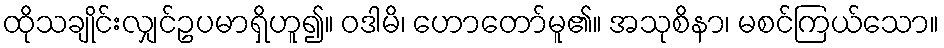
ထိုသချိုင်းလျှင်ဥပမာရှိဟူ၍။ ဝဒါမိ၊ ဟောတော်မူ၏။ အသုစိနာ၊ မစင်ကြယ်သော။